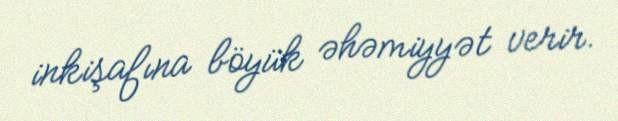
inkişafına böyük əhəmiyyət verir.